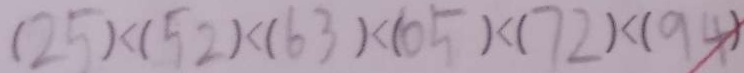
( 2 5 ) < ( 5 2 ) < ( 6 3 ) < ( 1 0 5 ) < ( 7 2 ) < ( 9 4 )